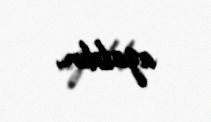
azaldın.